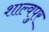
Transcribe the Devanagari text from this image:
शाल्वपुर